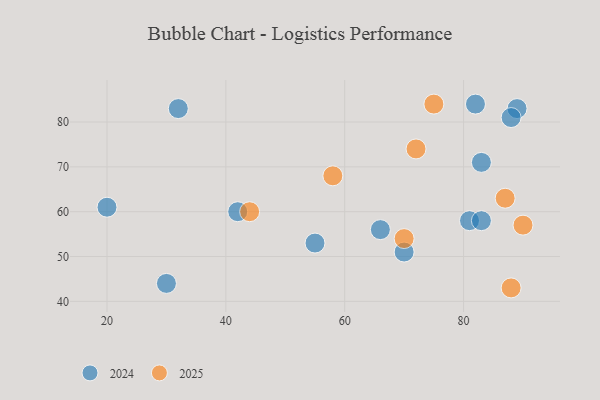
{"axis": {"x": "GDP", "y": "Life Expectancy"}, "legend": ["2024", "2025"], "data": [{"x": "42", "y": 60, "type": "2024"}, {"x": "32", "y": 83, "type": "2024"}, {"x": "81", "y": 58, "type": "2024"}, {"x": "82", "y": 84, "type": "2024"}, {"x": "89", "y": 83, "type": "2024"}, {"x": "83", "y": 58, "type": "2024"}, {"x": "83", "y": 71, "type": "2024"}, {"x": "66", "y": 56, "type": "2024"}, {"x": "88", "y": 81, "type": "2024"}, {"x": "70", "y": 51, "type": "2024"}, {"x": "55", "y": 53, "type": "2024"}, {"x": "20", "y": 61, "type": "2024"}, {"x": "30", "y": 44, "type": "2024"}, {"x": "70", "y": 54, "type": "2025"}, {"x": "88", "y": 43, "type": "2025"}, {"x": "87", "y": 63, "type": "2025"}, {"x": "72", "y": 74, "type": "2025"}, {"x": "58", "y": 68, "type": "2025"}, {"x": "75", "y": 84, "type": "2025"}, {"x": "90", "y": 57, "type": "2025"}, {"x": "44", "y": 60, "type": "2025"}]}